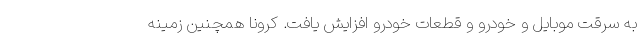
به سرقت موبایل و خودرو و قطعات خودرو افزایش یافت. کرونا همچنین زمینه